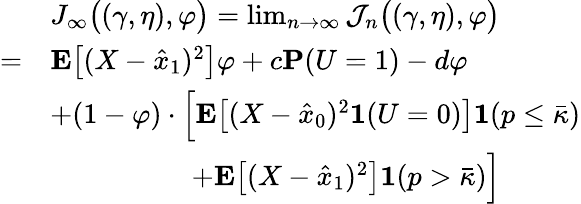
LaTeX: \begin{array}{rl}&{J_{\infty}\big((\gamma,\eta),\varphi\big)=\operatorname*{lim}_{n\to\infty}\mathcal{J}_{n}\big((\gamma,\eta),\varphi\big)}\\ {=}&{\mathbf{E}\big[(X-\hat{x}_{1})^{2}\big]\varphi+c\mathbf{P}(U=1)-d\varphi}\\ &{+(1-\varphi)\cdot\Big[\mathbf{E}\big[(X-\hat{x}_{0})^{2}\mathbf{1}(U=0)\big]\mathbf{1}(p\le\bar{\kappa})}\\ &{\qquad\qquad\quad+\mathbf{E}\big[(X-\hat{x}_{1})^{2}\big]\mathbf{1}(p>\bar{\kappa})\Big]}\end{array}